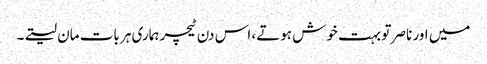
میں اور ناصر تو بہت خوش ہوتے، اس دن ٹیچر ہماری ہر بات مان لیتے۔